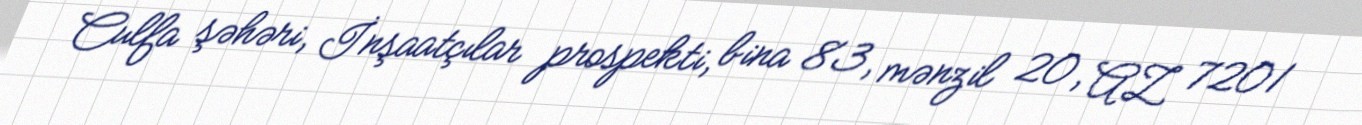
Culfa şəhəri, İnşaatçılar prospekti, bina 83, mənzil 20, AZ 7201